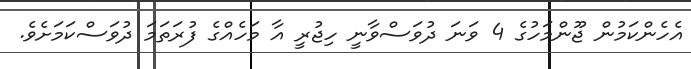
އެހެންކަމުން ޖޫންމަހުގެ 4 ވަނަ ދުވަސްވާނީ ހިޖުރީ އާ މަހެއްގެ ފުރަތަމަ ދުވަސްކަމަށެވެ.